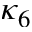
\kappa _ { 6 }